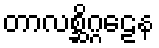
တာလစ္ဆိဂ္ဂဠေန